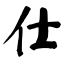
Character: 仕